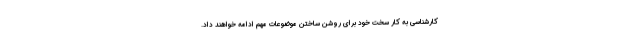
کارشناسی به کار سخت خود برای روشن ساختن موضوعات مهم ادامه خواهند داد.